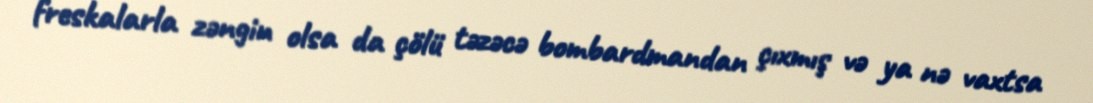
freskalarla zəngin olsa da çölü təzəcə bombardmandan çıxmış və ya nə vaxtsa